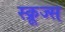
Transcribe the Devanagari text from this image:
स्क्रूज्स